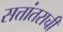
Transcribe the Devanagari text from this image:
सत्तांतराची